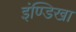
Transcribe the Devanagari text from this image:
इंण्डिखा